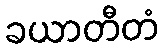
ခယာတီတံ